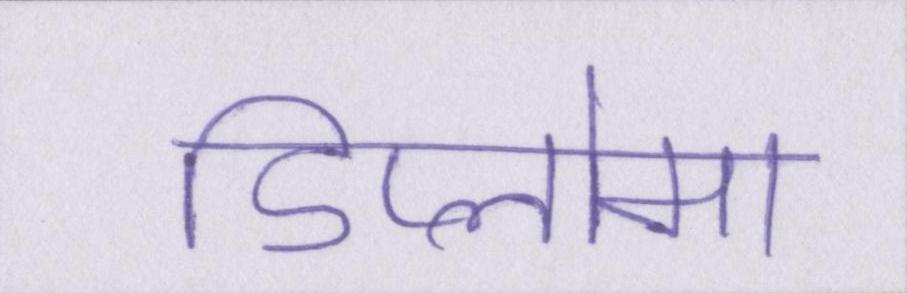
डिप्लोमा